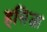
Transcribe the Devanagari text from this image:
हसिजा